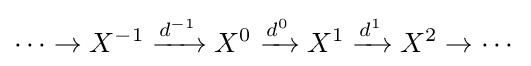
\cdots \to X^{-1}\xrightarrow {d^{-1}} X^{0}\xrightarrow {d^{0}} X^{1}\xrightarrow {d^{1}} X^{2}\to \cdots